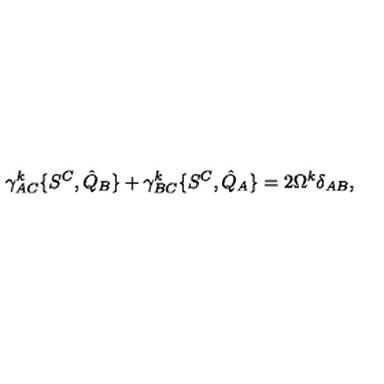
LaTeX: \gamma _ { A C } ^ { k } \{ S ^ { C } , { \hat { Q } } _ { B } \} + \gamma _ { B C } ^ { k } \{ S ^ { C } , { \hat { Q } } _ { A } \} = 2 \Omega ^ { k } \delta _ { A B } ,